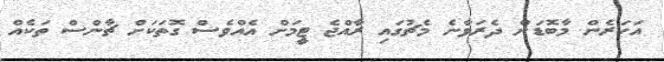
އަހަރެން މާބޮޑަށް ދެރަވާނެ މެޗުގައި ރާއްޖެ ޓީމަށް އެއްވެސް ގޮތަކަށް ޗާންސް ތަކެއް